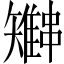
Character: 𫡍